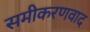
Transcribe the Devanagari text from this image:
समीकरणवाद